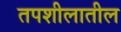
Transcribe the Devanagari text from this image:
तपशीलातील